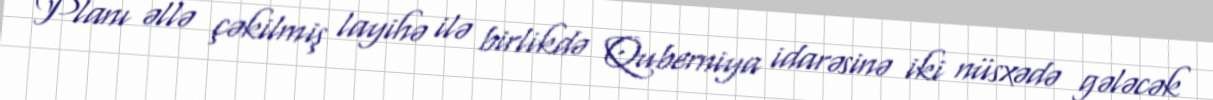
Planı əllə çəkilmiş layihə ilə birlikdə Quberniya idarəsinə iki nüsxədə gələcək